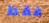
فقط